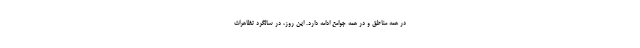
در همه مناطق و در همه جوامع ادامه دارد. این روز، در سالگرد تظاهرات